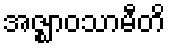
အဇ္ဈာဝသာမီတိ